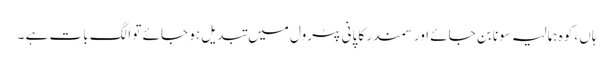
ہاں ، کوہ ہمالیہ سونا بن جائے اور سمندر کا پانی پٹرول میں تبدیل ہو جائے تو الگ بات ہے ۔